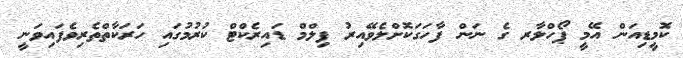
ކޮމީޑިއަން އޭމީ ޕޯހްލާރ ގެ ނަން ފާހަގަކޮށްލެވޭއިރު ފިލްމް ޑައިރެކްޓް ކުރުމުގައި ހަރަކާތްތެރިވެފައިވަނީ